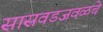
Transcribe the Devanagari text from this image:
सासवडजवळचे